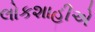
લોકશાહીએ